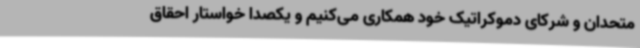
متحدان و شرکای دموکراتیک خود همکاری می‌کنیم و یکصدا خواستار احقاق